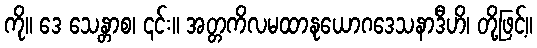
ကို။ ဒေ သေန္တာစ၊ ၎င်း။ အတ္တကိလမထာနုယောဂဒေသနာဒီဟိ၊ တို့ဖြင့်။